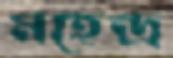
মহেন্দ্র